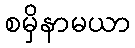
စမှိနာမယာ